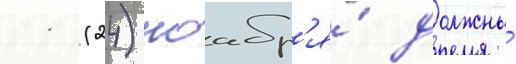
11 (24) ноабр'я́ должны́